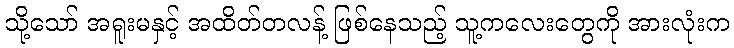
သို့သော် အရူးမနှင့် အထိတ်တလန့် ဖြစ်နေသည့် သူ့ကလေးတွေကို အားလုံးက